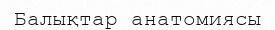
Балықтар анатомиясы